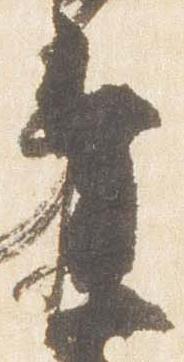
参